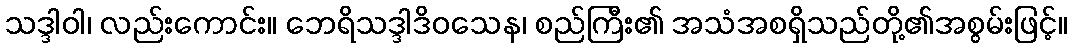
သဒ္ဒါဝါ၊ လည်းကောင်း။ ဘေရိသဒ္ဒါဒိဝသေန၊ စည်ကြီး၏ အသံအစရှိသည်တို့၏အစွမ်းဖြင့်။